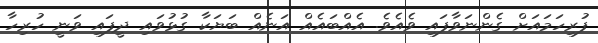
ފުރިހަމައަށް ގެންނަވާފައި ވެއެވެ. އެއްބައެއް އަނެއް ބަޔަކާ ގުޅުވައި ދީފައި ވަނީ ހުރިހާ